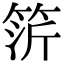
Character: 䇵